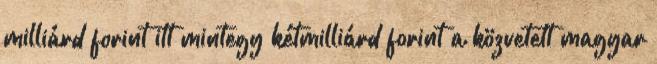
milliárd forint itt mintegy kétmilliárd forint a közvetett magyar